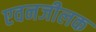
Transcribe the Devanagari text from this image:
एवनजीलक